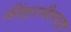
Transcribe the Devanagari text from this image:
नींडरथैलाइड